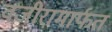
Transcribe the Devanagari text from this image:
वजीरामार्फत